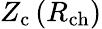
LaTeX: Z_{\mathrm{c}}\left(R_{\mathrm{ch}}\right)